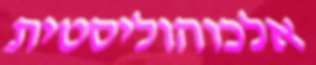
אלכוהוליסטית